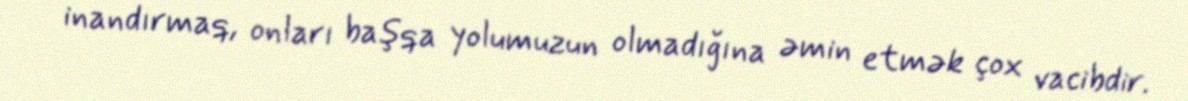
inandırmaq, onları başqa yolumuzun olmadığına əmin etmək çox vacibdir.